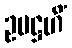
ဥပဋ္ဌဟိံ